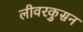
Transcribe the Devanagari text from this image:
लीवरकुसन